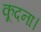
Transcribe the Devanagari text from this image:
कूदना।